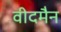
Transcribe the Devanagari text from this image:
वीदमैन